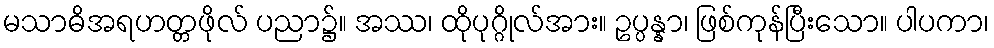
မသာဓိအရဟတ္တဖိုလ် ပညာ၌။ အဿ၊ ထိုပုဂ္ဂိုလ်အား။ ဥပ္ပန္နာ၊ ဖြစ်ကုန်ပြီးသော။ ပါပကာ၊